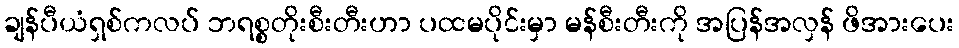
ချန်ပီယံရှစ်ကလပ် ဘရစ္စတိုးစီးတီးဟာ ပထမပိုင်းမှာ မန်စီးတီးကို အပြန်အလှန် ဖိအားပေး